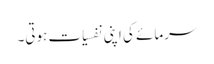
سرمائے کی اپنی نفسیات ہوتی۔